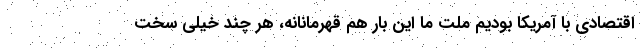
اقتصادی با آمریکا بودیم ملت ما این بار هم قهرمانانه، هر چند خیلی سخت